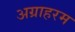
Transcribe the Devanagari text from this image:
अग्राहरम